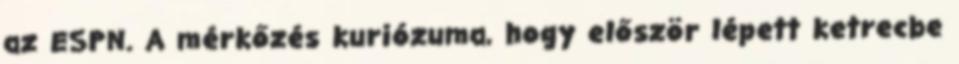
az ESPN. A mérkőzés kuriózuma, hogy először lépett ketrecbe